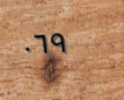
٠٦٩